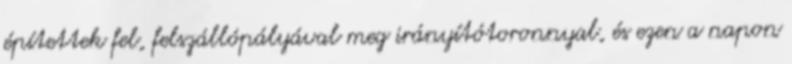
építettek fel, felszállópályával meg irányítótoronnyal, és ezen a napon